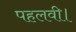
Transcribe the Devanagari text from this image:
पहलवी।